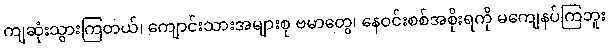
ကျဆုံးသွားကြတယ်၊ ကျောင်းသားအများစု ဗမာတွေ၊ နေဝင်းစစ်အစိုးရကို မကျေနပ်ကြဘူး